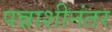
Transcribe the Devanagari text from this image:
पन्नाशीनंतर